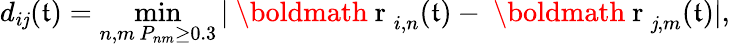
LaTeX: d_{i\mathit{j}}(\mathfrak{t})=\operatorname*{min}_{\substack{n,m\, P_{nm}\ge0.3}}|{\mathrm{{~\boldmath~r~}}}_{i,n}(\mathfrak{t})-{\mathrm{{~\boldmath~r~}}}_{\mathit{j},m}(\mathfrak{t})|,